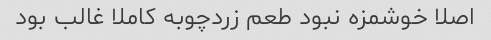
اصلا خوشمزه نبود طعم زردچوبه کاملا غالب بود